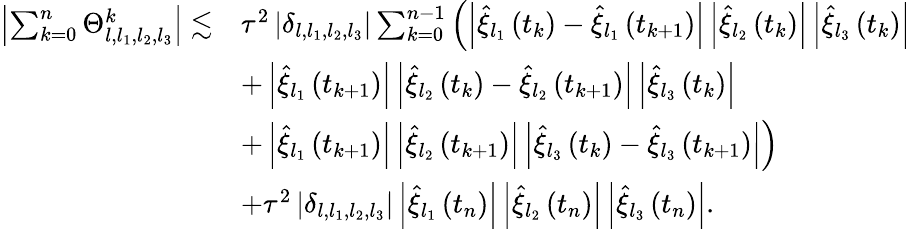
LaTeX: \begin{array}{rl}{\left|\sum_{k=0}^{n}\Theta_{l,l_{1},l_{2},l_{3}}^{k}\right|\lesssim}&{\tau^{2}\left|\delta_{l,l_{1},l_{2},l_{3}}\right|\sum_{k=0}^{n-1}\left(\left|\widehat{\xi}_{l_{1}}\left(t_{k}\right)-\widehat{\xi}_{l_{1}}\left(t_{k+1}\right)\right|\left|\widehat{\xi}_{l_{2}}\left(t_{k}\right)\right|\left|\widehat{\xi}_{l_{3}}\left(t_{k}\right)\right|\right.}\\ &{+\left|\widehat{\xi}_{l_{1}}\left(t_{k+1}\right)\right|\left|\widehat{\xi}_{l_{2}}\left(t_{k}\right)-\widehat{\xi}_{l_{2}}\left(t_{k+1}\right)\right|\left|\widehat{\xi}_{l_{3}}\left(t_{k}\right)\right|}\\ &{\left.+\left|\widehat{\xi}_{l_{1}}\left(t_{k+1}\right)\right|\left|\widehat{\xi}_{l_{2}}\left(t_{k+1}\right)\right|\left|\widehat{\xi}_{l_{3}}\left(t_{k}\right)-\widehat{\xi}_{l_{3}}\left(t_{k+1}\right)\right|\right)}\\ &{+\tau^{2}\left|\delta_{l,l_{1},l_{2},l_{3}}\right|\left|\widehat{\xi}_{l_{1}}\left(t_{n}\right)\right|\left|\widehat{\xi}_{l_{2}}\left(t_{n}\right)\right|\left|\widehat{\xi}_{l_{3}}\left(t_{n}\right)\right|.}\end{array}